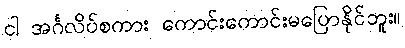
ငါ အင်္ဂလိပ်စကား ကောင်းကောင်းမပြောနိုင်ဘူး။